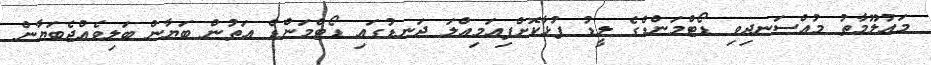
މައުލޫމާތު މުއްސަނދިވި ޑޯޓްމަންޑްގެ ލީޑު ފުޅާކޮށްފިއަމިއްލަ ދަނޑުގައި ޑޯޓްމަންޑް އަތުން ބަޔާން ބަލިވެއްޖެބަޔާން